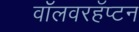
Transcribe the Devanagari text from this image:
वॉलवरहॅप्टन